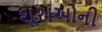
શૂરાઓની